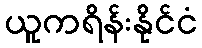
ယူကရိန်းနိုင်ငံ